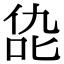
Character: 㖌